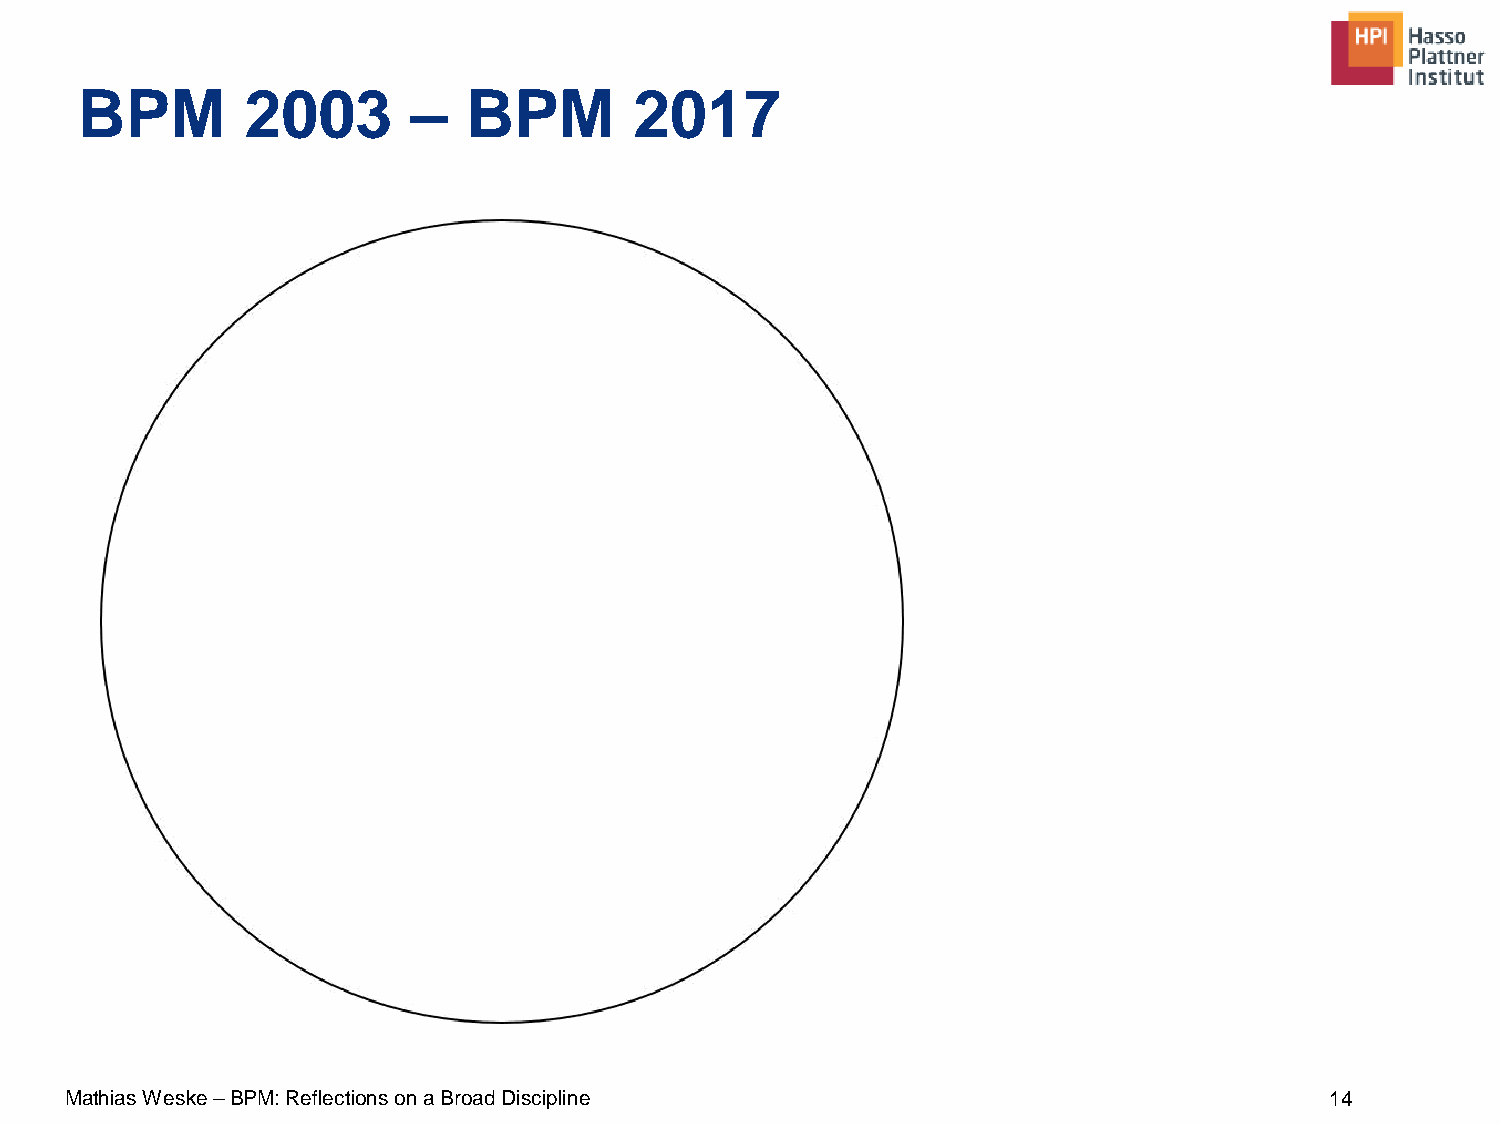
BPM        2003       –   BPM        2017
 Mathias Weske –BPM: Reflections on a Broad Discipline                               14